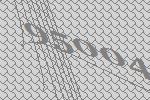
95004